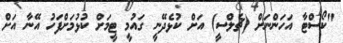
"ކޯސްޓާ އަހަންނަށް (ޗެލްސީ) އަށް ކުޅެދޭނީ ގައުމީ ޓީމަށް ކުޅުމަށްފަހު އޭނާ އަށް